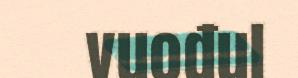
vuođul